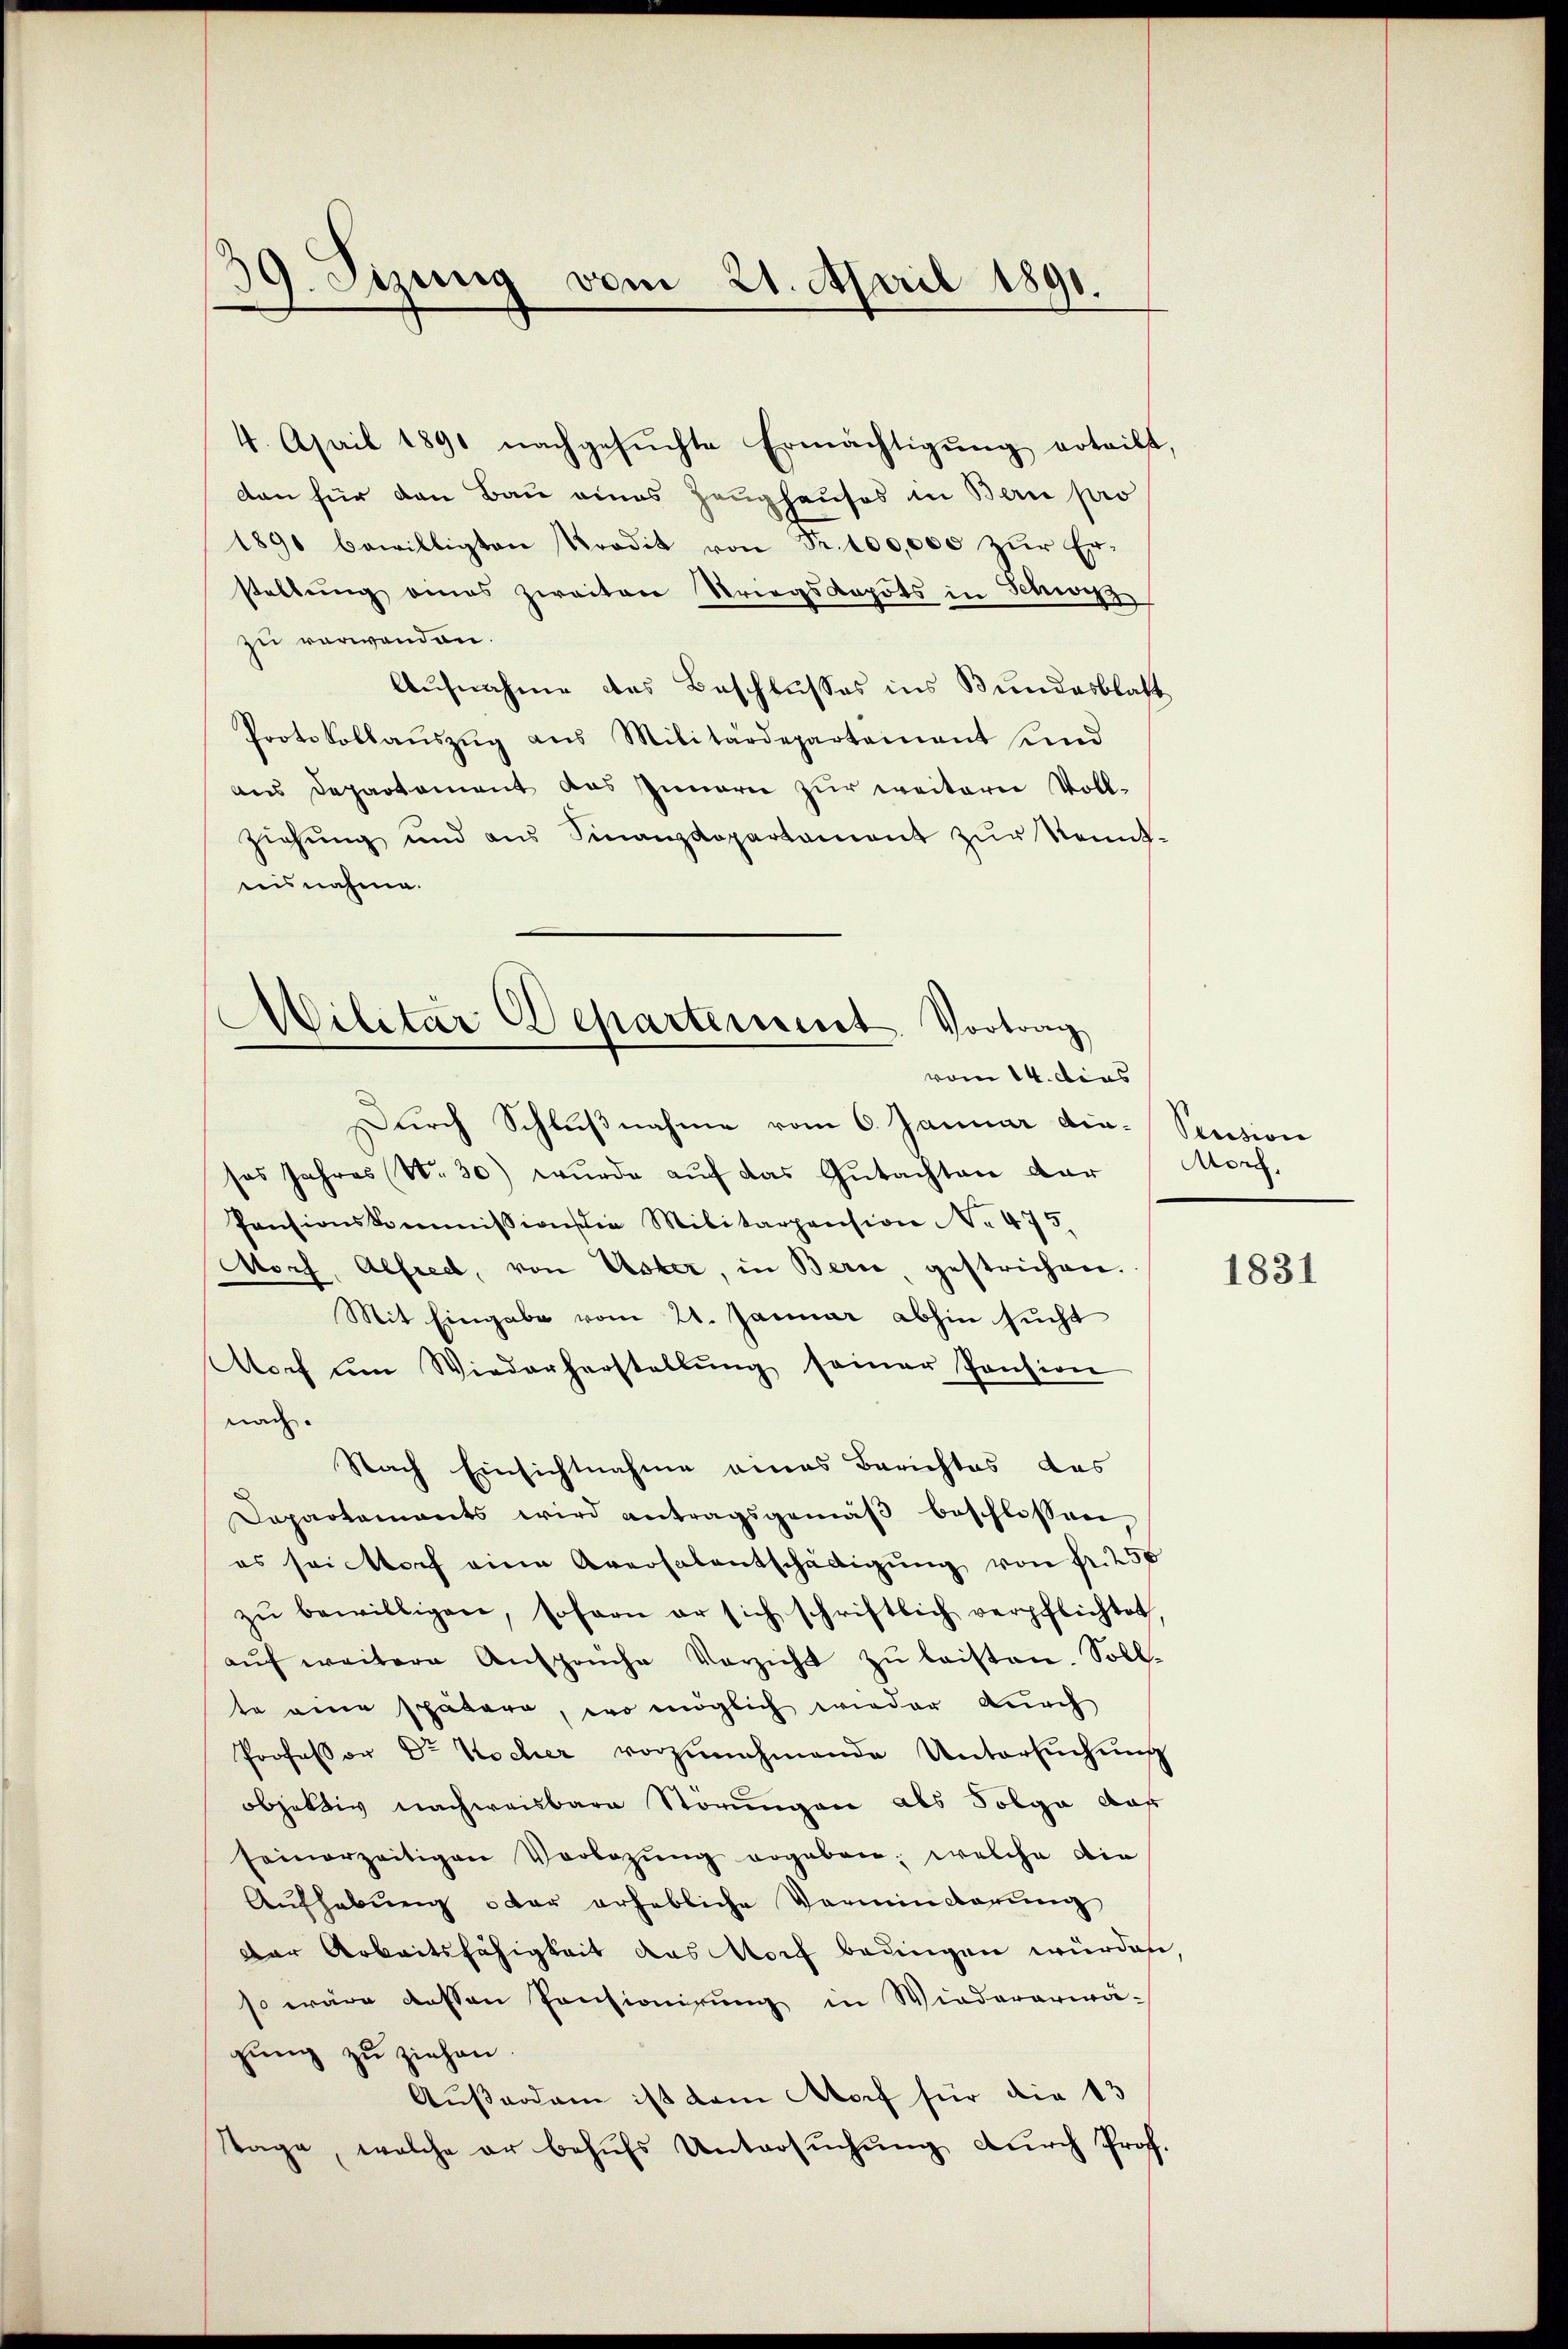
39. Sizung vom 21. April 1891.

4. April 1891 nachgesuchte Ermächtigung erteilt,
den für den Bau eines Zeughauses in Berie pro
1890 bewilligten Kredit von Fr. 100,000 zŭr Er-
stellŭng eines zweiten Striegskapots in Schwyz,
zu verwenden.
Aufnahme des Beschlusses ins Bundesblatt
Protokollaŭszŭg ans Militärdeparteinant und
aus Departement das Innern zur weitern Voll-
ziehung und aus Finanzdepartament zŭr Kennt-
nisnahme.

Militar Departement. Vortrag
vom 14. dies

Durch Schlußnahme vom 6. Januar die Pension
sas Jahres (Nr. 30) wurde aŭf das Gŭtachten der Morf.
Pensionskommission die Militarpension No 475.
Noch, Alfred, von Uster, in Bern gestrichen.
Mit Eingabe vom 21. Januar abhin sucht
Noch um Wiederherstellŭng seiner Pension
nach.
Nach Einsichtnahme eines Berichtes das
Dapartements wird antragsgemäβ beschlossen,
es sei noch eine Aversalentschädigŭng von Fr. 250
zŭ bewilligen, sofern er sich schriftlich verpflichtet
aŭf weitere Ansprüche Verzicht zŭ leisten. Soll-
te eine spätere, wo möglich wieder durch
Professor Dr Kocher vorzunehmende Untersuchung
objektiv nachweisbare Störungen als Folge daß
seinerzeitigen Vorlegŭng ergeben; welche die
Aŭfhebŭng oder erhebliche Verminbarŭng
der Arbeitsfähigkeit das Norf bedingen würden,
so wäre dessen Pensionirung in Wiederarwä-
gung zu ziehen.
Außerdam ist dem Morf für die 13
Tage, welche er behŭfs Untersŭchŭng durch Prof.

1831